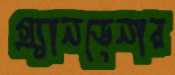
গ্র্যানডেনার